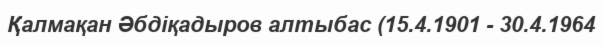
Қалмақан Әбдіқадыров алтыбас (15.4.1901 - 30.4.1964